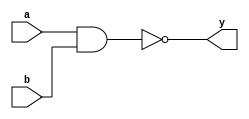
module nand_gate_delay (
    input wire a, b,
    output wire y
);

parameter DELAY = 10; // Specify delay in time units

reg a_delayed, b_delayed;

initial begin
    a_delayed = 0;
    b_delayed = 0;

    #DELAY a_delayed = a;
    #DELAY b_delayed = b;
end

assign y = ~(a_delayed & b_delayed);

endmodule